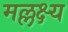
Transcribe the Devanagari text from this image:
मल्लक्ष्य